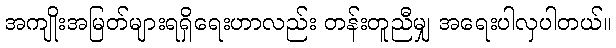
အကျိုးအမြတ်များရရှိရေးဟာလည်း တန်းတူညီမျှ အရေးပါလှပါတယ်။